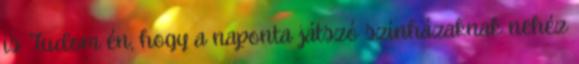
is. Tudom én, hogy a naponta játszó színházaknak nehéz